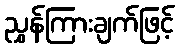
ညွှန်ကြားချက်ဖြင့်